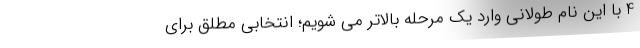
4 با این نام طولانی وارد یک مرحله بالاتر می شویم؛ انتخابی مطلق برای